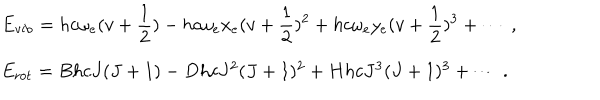
\begin{array} { l } { { E _ { \mathrm { v i b } } = \displaystyle h c \omega _ { e } ( v + { \frac { 1 } { 2 } } ) - h c \omega _ { e } x _ { e } ( v + { \frac { 1 } { 2 } } ) ^ { 2 } + h c \omega _ { e } y _ { e } ( v + { \frac { 1 } { 2 } } ) ^ { 3 } + \cdots ~ , } } \\ { { E _ { \mathrm { r o t } } = B h c J ( J + 1 ) - D h c J ^ { 2 } ( J + 1 ) ^ { 2 } + H h c J ^ { 3 } ( J + 1 ) ^ { 3 } + \cdots ~ . } } \\ \end{array}